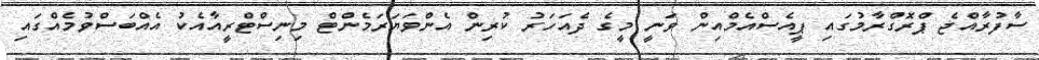
ސާފުރާއްޖެ ޕްރޮގްރާމުގައި ޕީއެސްއެމްއިން ވަނީ މީގެ ދެއަހަރު ކުރިން އެންވަޔަރަމެންޓް މިނިސްޓްރީއާއެކު އެއްބަސްވުމެއްގައި